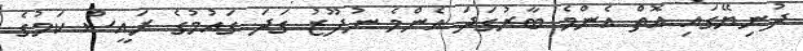
ދުނިޔޭގައި އޮތް އެންމެ ބާރުގަދަ އެންމެ ނުފޫޒު ގަދަ ގައުމުގެ ރައީސް ކަމުގެ